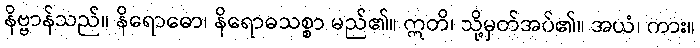
နိဗ္ဗာန်သည်။ နိရောဓော၊ နိရောဓသစ္စာ မည်၏။ ဣတိ၊ သို့မှတ်အပ်၏။ အယံ၊ ကား။